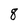
Character: 8